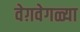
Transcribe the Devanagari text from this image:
वेग़वेगळ्या